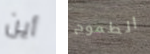
أين الطموح